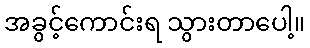
အခွင့်ကောင်းရ သွားတာပေါ့။